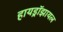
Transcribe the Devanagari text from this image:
हायड्रॉझायल